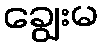
ချွေးမ